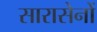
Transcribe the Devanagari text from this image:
सारासेनों